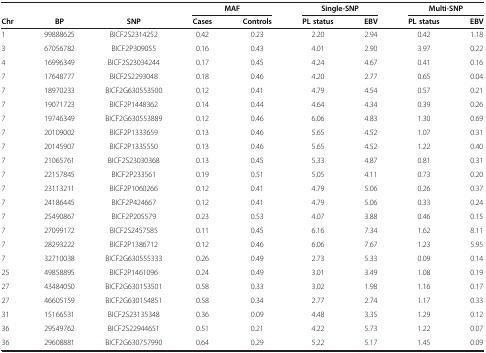
<table><thead><tr><td colspan="3"><b> </b></td><td colspan="2"><b>MAF</b></td><td colspan="2"><b>Single-SNP</b></td><td colspan="2"><b>Multi-SNP</b></td></tr><tr><td><b>Chr</b></td><td><b>BP</b></td><td><b>SNP</b></td><td><b>Cases</b></td><td><b>Controls</b></td><td><b>PL status</b></td><td><b>EBV</b></td><td><b>PL status</b></td><td><b>EBV</b></td></tr></thead><tbody><tr><td>1</td><td>99888625</td><td>BICF2S2314252</td><td>0.42</td><td>0.23</td><td>2.20</td><td>2.94</td><td>0.42</td><td>1.18</td></tr><tr><td>3</td><td>67056782</td><td>BICF2P309055</td><td>0.16</td><td>0.43</td><td>4.01</td><td>2.90</td><td>3.97</td><td>0.22</td></tr><tr><td>4</td><td>16996349</td><td>BICF2S23034244</td><td>0.17</td><td>0.45</td><td>4.24</td><td>4.67</td><td>0.41</td><td>0.16</td></tr><tr><td>7</td><td>17648777</td><td>BICF2S2293048</td><td>0.18</td><td>0.46</td><td>4.20</td><td>2.77</td><td>0.65</td><td>0.04</td></tr><tr><td>7</td><td>18970233</td><td>BICF2G630553500</td><td>0.12</td><td>0.41</td><td>4.79</td><td>4.54</td><td>0.57</td><td>0.21</td></tr><tr><td>7</td><td>19071723</td><td>BICF2P1448362</td><td>0.14</td><td>0.44</td><td>4.64</td><td>4.34</td><td>0.39</td><td>0.26</td></tr><tr><td>7</td><td>19746349</td><td>BICF2G630553889</td><td>0.12</td><td>0.46</td><td>6.06</td><td>4.83</td><td>1.30</td><td>0.69</td></tr><tr><td>7</td><td>20109002</td><td>BICF2P1333659</td><td>0.13</td><td>0.46</td><td>5.65</td><td>4.52</td><td>1.07</td><td>0.31</td></tr><tr><td>7</td><td>20145907</td><td>BICF2P1335550</td><td>0.13</td><td>0.46</td><td>5.65</td><td>4.52</td><td>1.22</td><td>0.40</td></tr><tr><td>7</td><td>21065761</td><td>BICF2S23030368</td><td>0.13</td><td>0.45</td><td>5.33</td><td>4.87</td><td>0.81</td><td>0.31</td></tr><tr><td>7</td><td>22157845</td><td>BICF2P233561</td><td>0.19</td><td>0.51</td><td>5.05</td><td>4.11</td><td>0.73</td><td>0.20</td></tr><tr><td>7</td><td>23113211</td><td>BICF2P1060266</td><td>0.12</td><td>0.41</td><td>4.79</td><td>5.06</td><td>0.26</td><td>0.37</td></tr><tr><td>7</td><td>24186445</td><td>BICF2P424667</td><td>0.12</td><td>0.41</td><td>4.79</td><td>5.06</td><td>0.33</td><td>0.24</td></tr><tr><td>7</td><td>25490867</td><td>BICF2P205579</td><td>0.23</td><td>0.53</td><td>4.07</td><td>3.88</td><td>0.46</td><td>0.15</td></tr><tr><td>7</td><td>27099172</td><td>BICF2S2457585</td><td>0.11</td><td>0.45</td><td>6.16</td><td>7.34</td><td>1.62</td><td>8.11</td></tr><tr><td>7</td><td>28293222</td><td>BICF2P1386712</td><td>0.12</td><td>0.46</td><td>6.06</td><td>7.67</td><td>1.23</td><td>5.95</td></tr><tr><td>7</td><td>32710038</td><td>BICF2G630555333</td><td>0.26</td><td>0.49</td><td>2.73</td><td>5.33</td><td>0.09</td><td>0.14</td></tr><tr><td>25</td><td>49858895</td><td>BICF2P1461096</td><td>0.24</td><td>0.49</td><td>3.01</td><td>3.49</td><td>1.08</td><td>0.19</td></tr><tr><td>27</td><td>43484050</td><td>BICF2G630153501</td><td>0.58</td><td>0.33</td><td>3.02</td><td>1.98</td><td>1.16</td><td>0.17</td></tr><tr><td>27</td><td>46605159</td><td>BICF2G630154851</td><td>0.58</td><td>0.34</td><td>2.77</td><td>2.74</td><td>1.17</td><td>0.33</td></tr><tr><td>31</td><td>15166531</td><td>BICF2S23135348</td><td>0.36</td><td>0.09</td><td>4.48</td><td>3.35</td><td>1.29</td><td>0.12</td></tr><tr><td>36</td><td>29549762</td><td>BICF2S22944651</td><td>0.51</td><td>0.21</td><td>4.22</td><td>5.73</td><td>1.22</td><td>0.07</td></tr><tr><td>36</td><td>29608881</td><td>BICF2G630757990</td><td>0.64</td><td>0.29</td><td>5.22</td><td>5.17</td><td>1.45</td><td>0.09</td></tr></tbody></table>